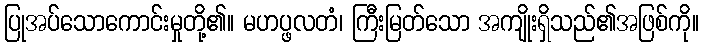
ပြုအပ်သောကောင်းမှုတို့၏။ မဟပ္ဖလတံ၊ ကြီးမြတ်သော အကျိုးရှိသည်၏အဖြစ်ကို။